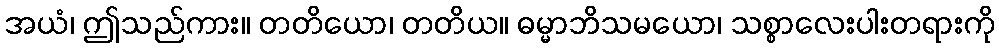
အယံ၊ ဤသည်ကား။ တတိယော၊ တတိယ။ ဓမ္မာဘိသမယော၊ သစ္စာလေးပါးတရားကို